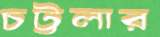
চট্টলার